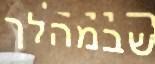
שבמהלך